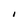
Character: I